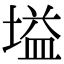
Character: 塧